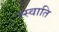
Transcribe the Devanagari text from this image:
म्स्वाति